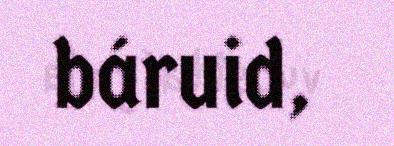
báruid,